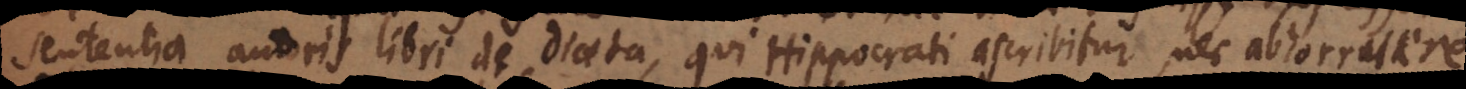
sententia autoris libri de Diaeta, qui Hippocrati ascribitur, nec abhorruere